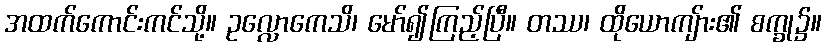
အထက်ကောင်းကင်သို့။ ဥလ္လောကေသိ၊ မော်၍ကြည့်ပြီ။ တဿ၊ ထိုယောကျ်ား၏ စက္ခု၌။